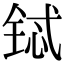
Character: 铽